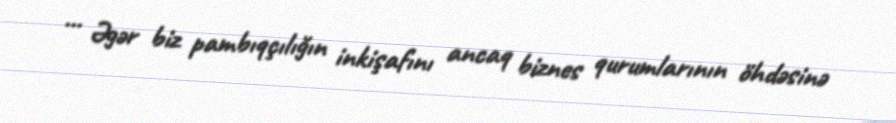
... Əgər biz pambıqçılığın inkişafını ancaq biznes qurumlarının öhdəsinə